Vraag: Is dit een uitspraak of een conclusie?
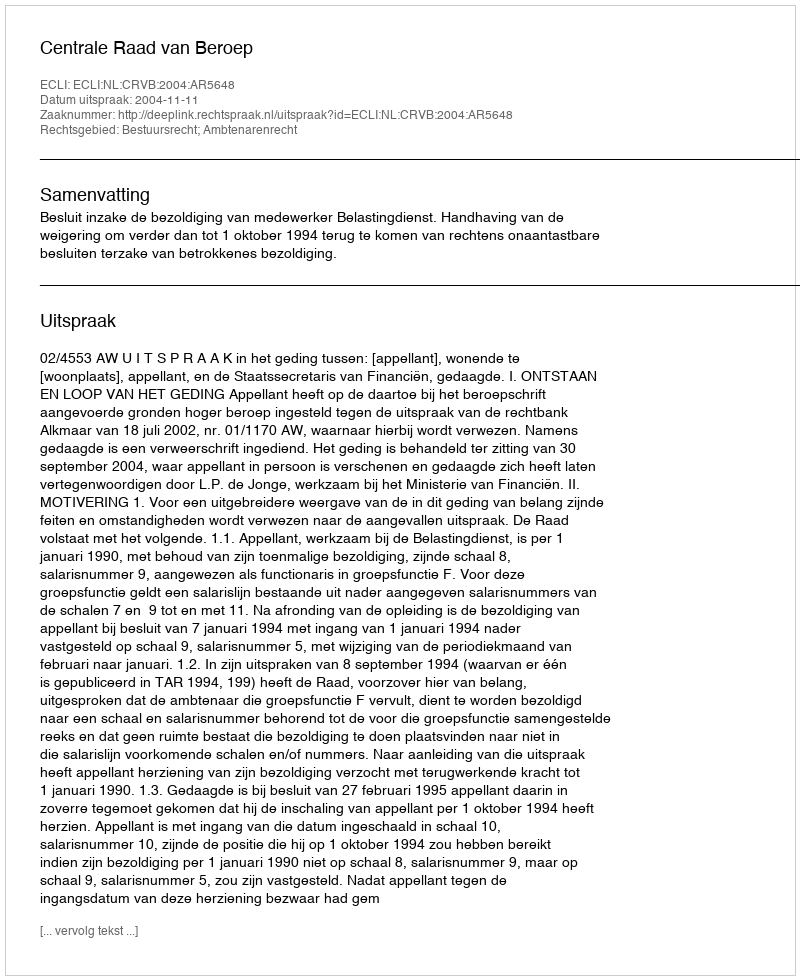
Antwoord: Uitspraak